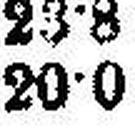
20•0